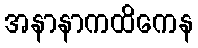
အနာနာကထိကေန